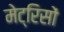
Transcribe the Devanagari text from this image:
मेट्रिसों